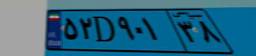
۵۲D۹۰۱۳۸